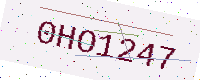
Text: 0HO1247